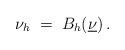
LaTeX: \begin{align*}\nu_h \;=\; B_h(\underline{\nu}) \, .\end{align*}